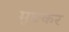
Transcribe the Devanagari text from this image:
मुङकर